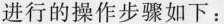
进行的操作步骤如下：